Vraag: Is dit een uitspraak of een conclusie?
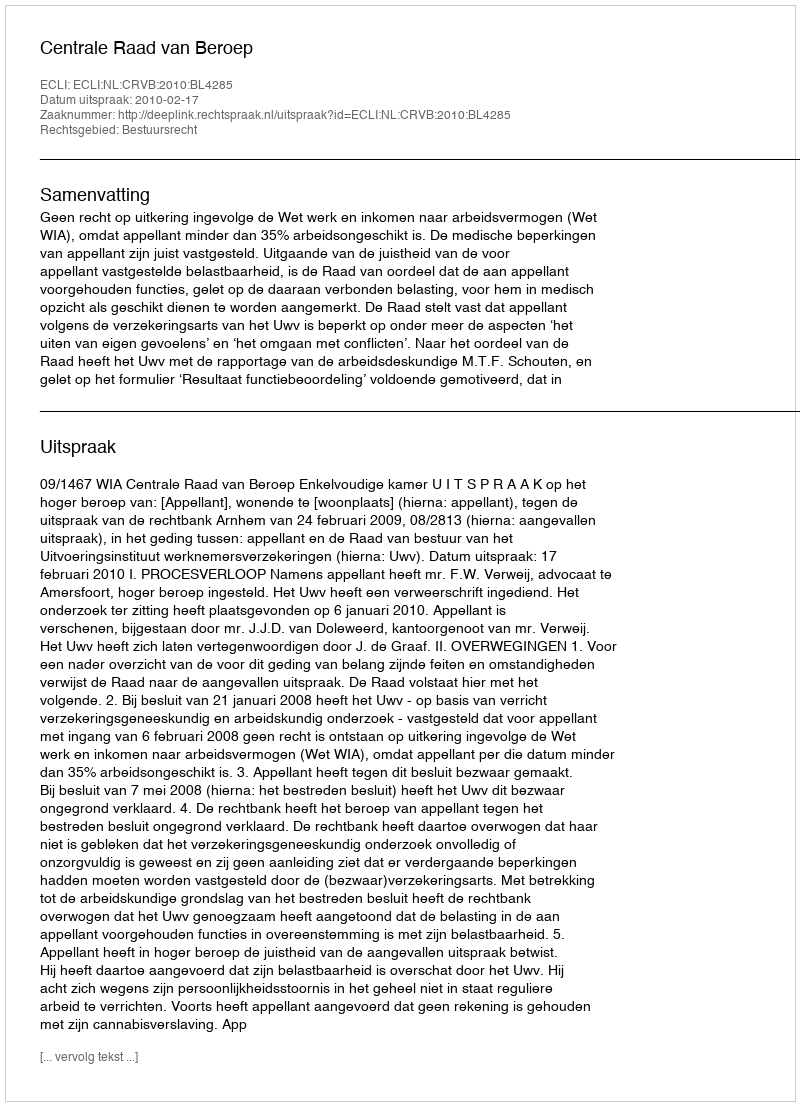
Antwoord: Uitspraak